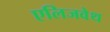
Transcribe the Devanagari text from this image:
एलिजवेथ